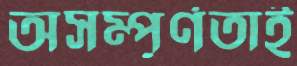
অসম্পূর্ণতাই